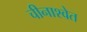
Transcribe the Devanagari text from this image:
चीनाश्वेत